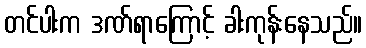
တင်ပါးက ဒဏ်ရာကြောင့် ခါးကုန်းနေသည်။